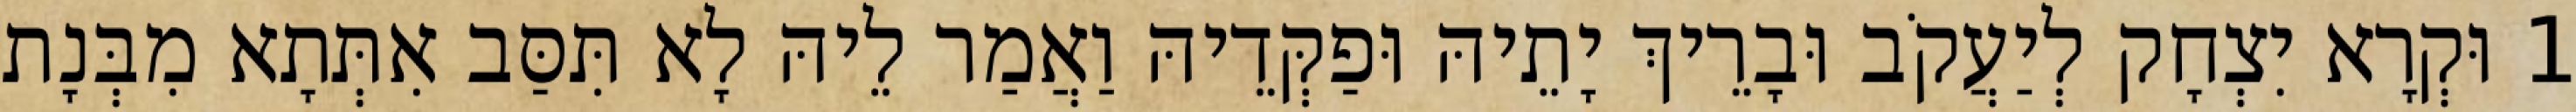
1 וּקְרָא יִצְחָק לְיַעֲקֹב וּבָרֵיךְ יָתֵיהּ וּפַקְּדֵיהּ וַאֲמַר לֵיהּ לָא תִּסַּב אִתְּתָא מִבְּנָת